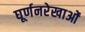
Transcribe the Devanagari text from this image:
घूर्णनरेखाओं